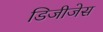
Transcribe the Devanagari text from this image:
डिजीजेस